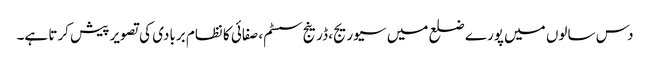
دس سالوں میں پورے ضلع میں سیوریج، ڈرینج سسٹم، صفائی کا نظام بربادی کی تصویر پیش کرتا ہے۔